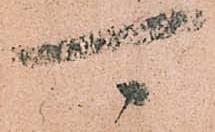
可